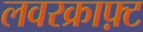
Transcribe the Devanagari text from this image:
लवरक्राफ़्ट